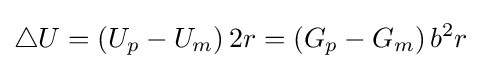
\bigtriangleup {U}=\left(U_{p}-U_{m}\right)2r=\left(G_{p}-G_{m}\right)b^{2}r